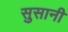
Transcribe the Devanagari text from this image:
सुसानी